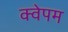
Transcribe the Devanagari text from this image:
क्वेपम